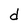
Character: d